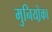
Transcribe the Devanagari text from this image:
मुनियो़का